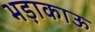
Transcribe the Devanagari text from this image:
भड़ाकाऊ